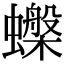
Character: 𧓙